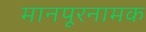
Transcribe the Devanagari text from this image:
मानपूरनामक